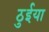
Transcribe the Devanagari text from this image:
ठुईया